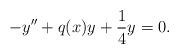
LaTeX: \begin{align*}-y^{\prime\prime}+q(x)y+\frac{1}{4}y=0. \end{align*}